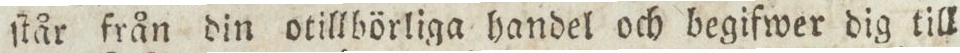
ſtår från din otillbörliga handel och begifwer dig till